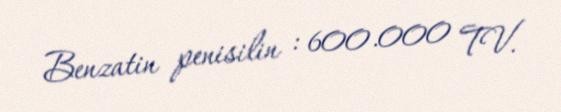
Benzatin penisilin : 600.000 TV.